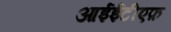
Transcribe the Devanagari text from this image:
आईईटीएफ़